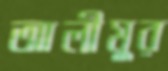
আলীমুর